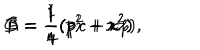
A = \frac { 1 } { 4 } ( p ^ { 2 } + x ^ { 2 } ) \hspace { 1 c m } B = \frac { 1 } { 4 } ( p ^ { 2 } - x ^ { 2 } ) \hspace { 1 c m } C = \frac { 1 } { 4 } ( p x + x p ) ,